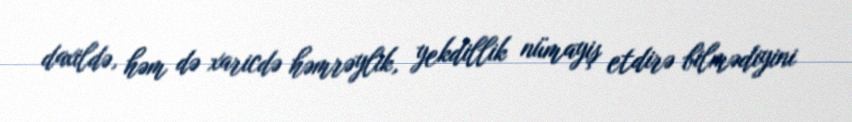
daxildə, həm də xaricdə həmrəylik, yekdillik nümayiş etdirə bilmədiyini